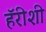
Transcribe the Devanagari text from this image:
हॅरीशी